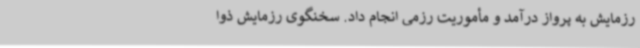
رزمایش به پرواز درآمد و مأموریت رزمی انجام داد. سخنگوی رزمایش ذوا